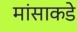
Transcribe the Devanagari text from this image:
मांसाकडे